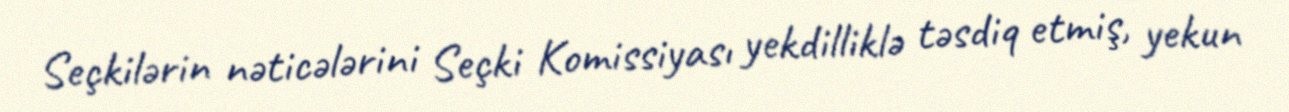
Seçkilərin nəticələrini Seçki Komissiyası yekdilliklə təsdiq etmiş, yekun